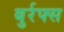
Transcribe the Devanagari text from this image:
बुर्रफ्स